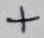
Text: +